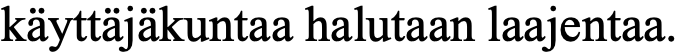
käyttäjäkuntaa halutaan laajentaa.